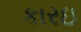
કારઇ